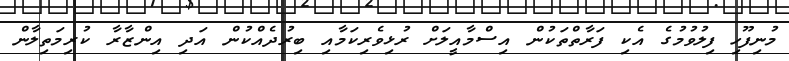
މުނިފޫހި ފިލުވުމުގެ އެކި ފަރާތްތަކުން އިސްމާއީލަށް ރުޅިވެރިކަމާއި ބިރުދެއްކުން އަދި އިންޒާރާ ކުރިމަތިލާން